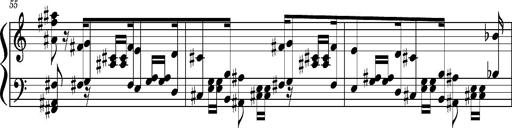
Title: Concerto sans orchestre, S.524a
Composer: Franz Liszt
Key: A major